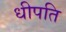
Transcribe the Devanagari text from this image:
धीपति